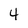
Character: 4